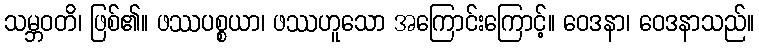
သမ္ဘဝတိ၊ ဖြစ်၏။ ဖဿပစ္စယာ၊ ဖဿဟူသော အကြောင်းကြောင့်။ ဝေဒနာ၊ ဝေဒနာသည်။